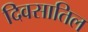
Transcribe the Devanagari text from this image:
दिवसातिल